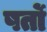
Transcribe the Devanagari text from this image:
षर्तो